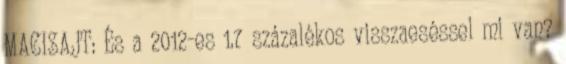
MACISAJT: És a 2012-es 1.7 százalékos visszaeséssel mi van?